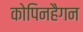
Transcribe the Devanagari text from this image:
कोपिनहैगन